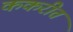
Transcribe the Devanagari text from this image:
ककरीत